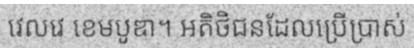
វេលវេ ខេមបូឌា។ អតិថិជនដែលប្រើប្រាស់